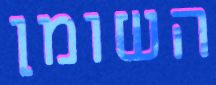
השומן